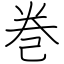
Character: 巻